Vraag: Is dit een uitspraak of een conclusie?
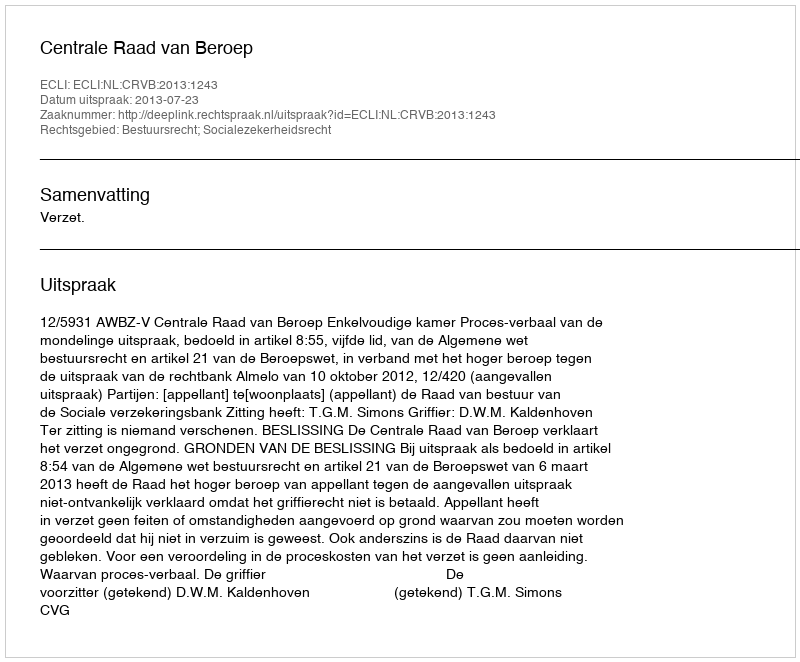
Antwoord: Uitspraak